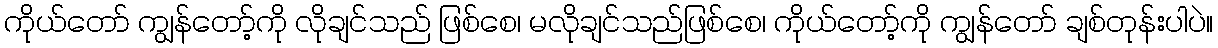
ကိုယ်တော် ကျွန်တော့်ကို လိုချင်သည် ဖြစ်စေ၊ မလိုချင်သည်ဖြစ်စေ၊ ကိုယ်တော့်ကို ကျွန်တော် ချစ်တုန်းပါပဲ။